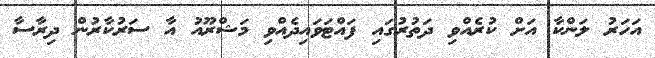
އަހަރު ލަންކާ އަށް ކުރެއްވި ދަތުރުގައި ފައްޓަވައިދެއްވި މަޝްރޫއު އާާ ސަރުކާރުން ދިރާސާ